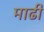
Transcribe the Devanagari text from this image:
माढी